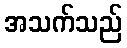
အသက်သည်